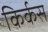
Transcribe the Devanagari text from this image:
किर्कस